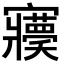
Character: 𡬊